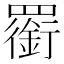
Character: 𦌫